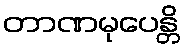
တာဏမုပေန္တိ